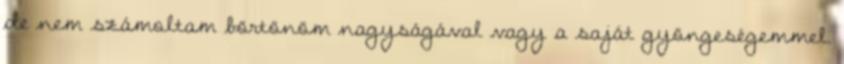
de nem számoltam börtönöm nagyságával vagy a saját gyöngeségemmel.